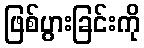
ဖြစ်ပွားခြင်းကို